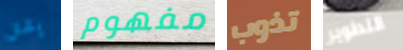
يشق مفهوم تذوب التطوير